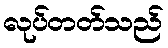
လုပ်တတ်သည်